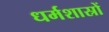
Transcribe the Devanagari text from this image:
धर्मशास्रों